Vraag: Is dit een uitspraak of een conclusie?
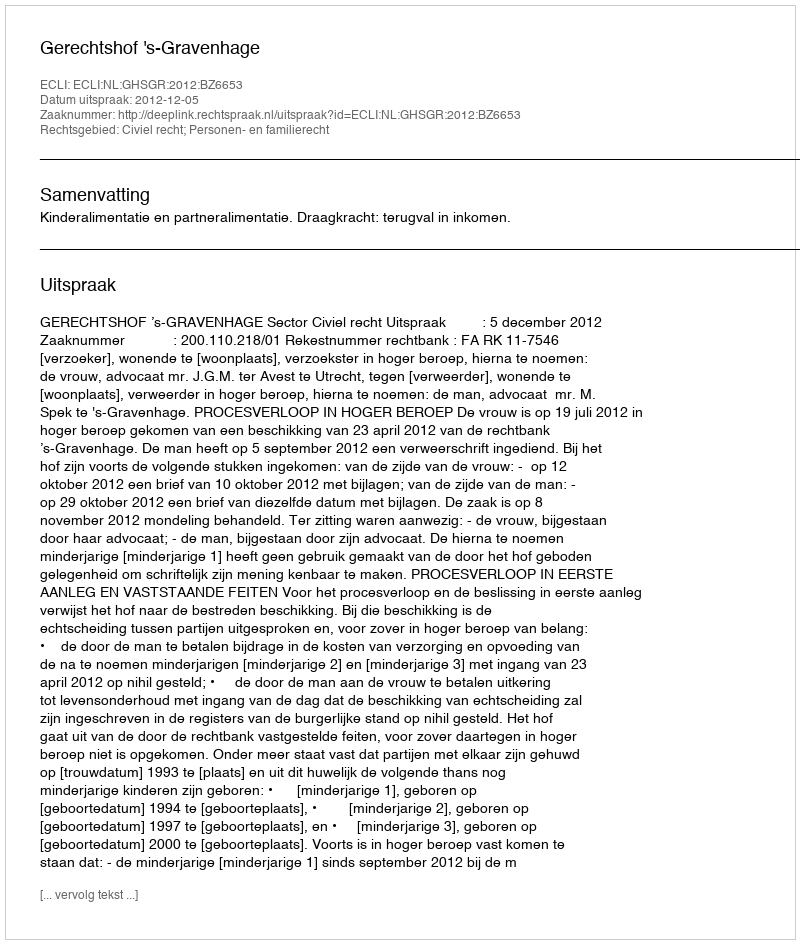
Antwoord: Uitspraak